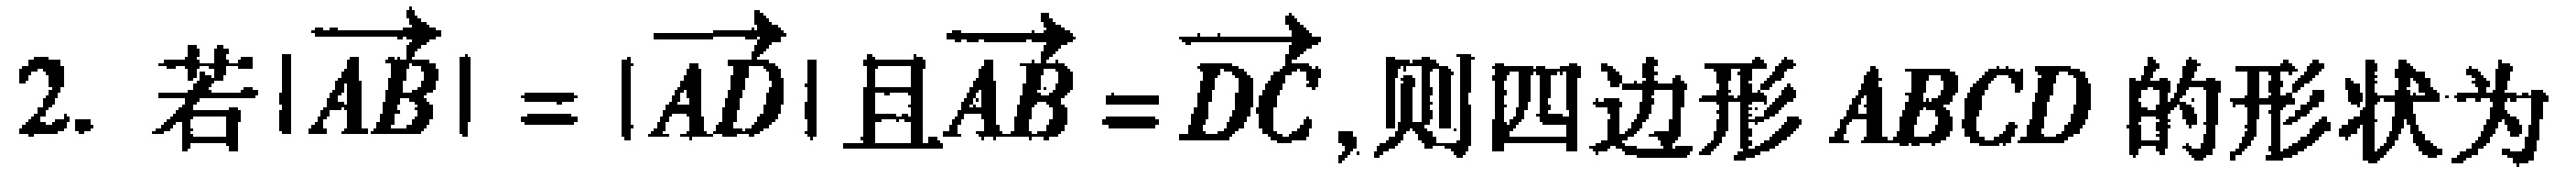
2. 若$|\overrightarrow{AB}| = |\overrightarrow{AD}|$且$\overrightarrow{AB} = \overrightarrow{DC}$,则四边形$ABCD$的形状为